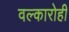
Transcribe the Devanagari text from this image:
वल्कारोही